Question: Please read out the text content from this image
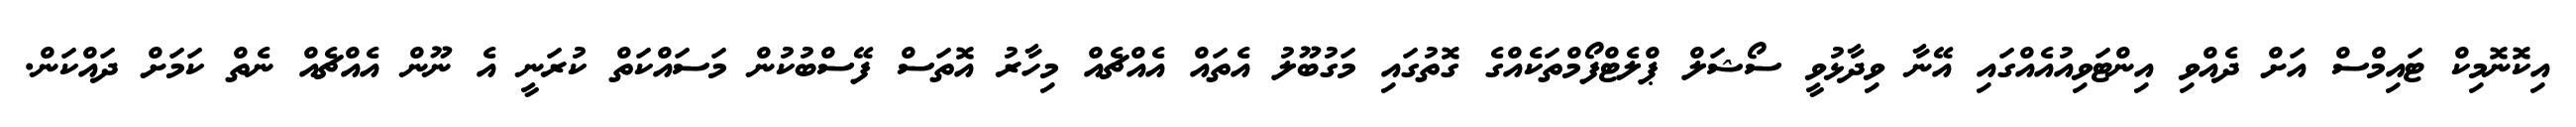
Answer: އިކޮނޮމިކް ޓައިމްސް އަށް ދެއްވި އިންޓަވިއުއެއްގައި އޭނާ ވިދާޅުވީ ސޯޝަލް ޕްލެޓްފޯމްތަކެއްގެ ގޮތުގައި މަގުބޫލު އެތައް އެއްޗެއް މިހާރު އޮތަސް ފޭސްބުކުން މަސައްކަތް ކުރަނީ އެ ނޫން އެއްޗެއް ނެތް ކަމަށް ދައްކަން.